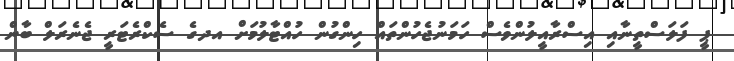
ޕީ ފަލަސްތީނާއި އިސްރާއީލުންވެސް ހަމަނުޖެހުންތައް ހިންގުން ހުއްޓާލުމަށް އދގެ ސެކްރެޓަރީ ޖެނެރަލް ބާން